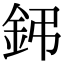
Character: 鈟